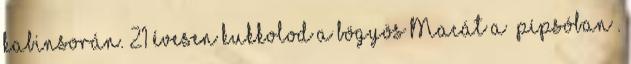
kabinsorán. 21 évesen kukkolod a bögyös Macát a „pípsóban”.